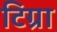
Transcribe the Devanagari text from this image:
टिग्रा